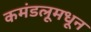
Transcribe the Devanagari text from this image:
कमंडलूमधून